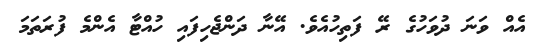
އެއް ވަނަ ދުވަހުގެ ރޭ ފަތިހުއެވެ. އޭނާ ދަންޖެހިފައި ހުއްޓާ އެންމެ ފުރަތަމަ